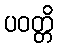
ပဝတ္တိ